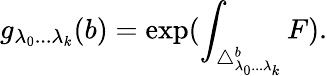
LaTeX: g_{\lambda_{0}...\lambda_{k}}(b)=\exp(\int_{\triangle_{\lambda_{0}...\lambda_{k}}^{b}}F).